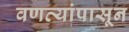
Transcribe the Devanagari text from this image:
वणव्यांपासून